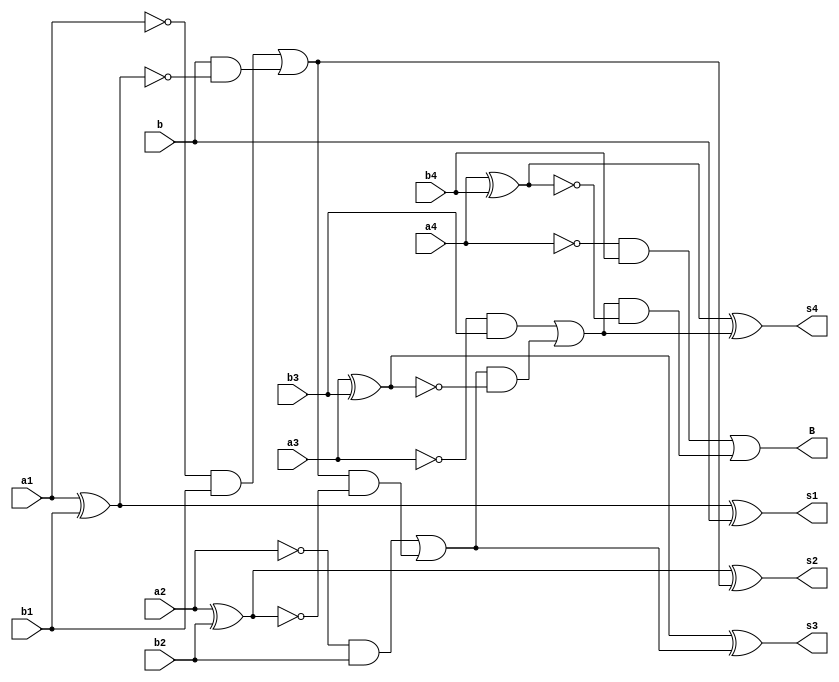
`timescale 1ns / 1ps


module ApS(
    input a1, a2, a3, a4, b1, b2, b3, b4, b,
    output s1, s2, s3, s4, B
    );
    wire B1,B2,B3;
    
    assign s1 = a1^b1^b;
    assign B1 = (~a1&b1)|(b&~(a1^b1));
    assign s2 = a2^b2^B1;
    assign B2 = (~a2&b2)|(B1&~(a2^b2));
    assign s3 = a3^b3^B2;
    assign B3 = (~a3&b3)|(B2&~(a3^b3));
    assign s4 = a4^b4^B3;
    assign B = (~a4&b4)|(B3&~(a4^b4));
    
endmodule